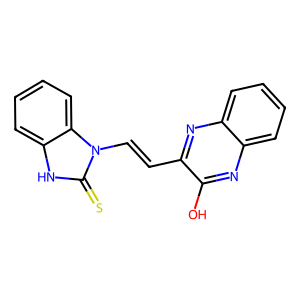
SMILES: Oc1nc2ccccc2nc1C=Cn1c(=S)[nH]c2ccccc21
Inhibits HIV replication: No